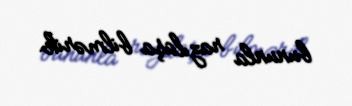
bununla razılaşa bilmərik.